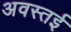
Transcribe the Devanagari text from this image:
अवस्तई